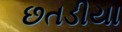
છતડીયા